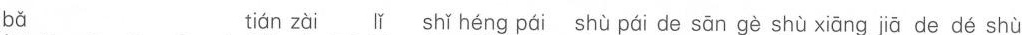
bǎ tián zài lǐ shǐ héng pái shù pái de sān gè shù xiāng jiā de dé shù